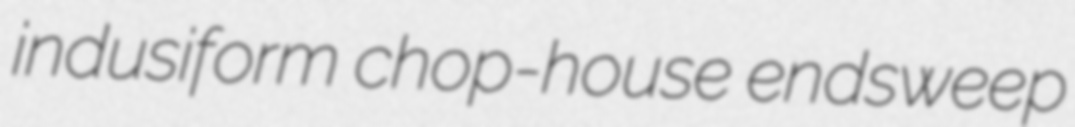
indusiform chop-house endsweep